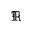
\Re